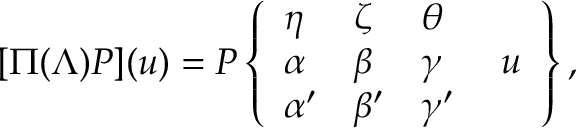
[ \Pi ( \Lambda ) P ] ( u ) = P \left\{ { \begin{array} { l l l l } { \eta } & { \zeta } & { \theta } & { } \\ { \alpha } & { \beta } & { \gamma } & { \; u } \\ { \alpha ^ { \prime } } & { \beta ^ { \prime } } & { \gamma ^ { \prime } } & { } \end{array} } \right\} ,